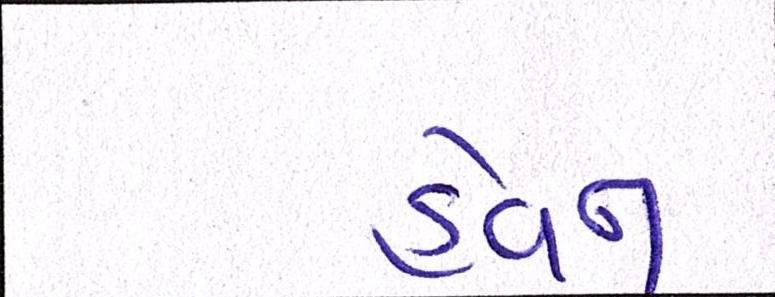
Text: હેવન